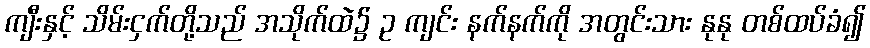
ကျီးနှင့် သိမ်းငှက်တို့သည် အသိုက်ထဲ၌ ဥ ကျင်း နက်နက်ကို အတွင်းသား နုနု တစ်ထပ်ခံ၍